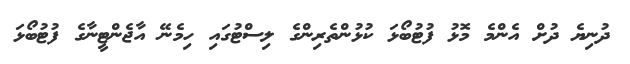
ދުނިޔެ ދުށް އެންމެ މޮޅު ފުޓުބޯޅަ ކުޅުންތެރިންގެ ލިސްޓުގައި ހިމެނޭ އާޖެންޓީނާގެ ފުޓުބޯޅަ